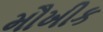
મૌખીક